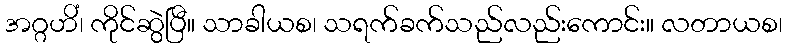
အဂ္ဂဟိံ၊ ကိုင်ဆွဲပြီ။ သာခါယစ၊ သရက်ခက်သည်လည်းကောင်း။ လတာယစ၊